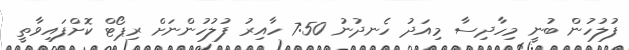
ފުލުހުން ބުނީ މިހާދިސާ މިއަދު ހެނދުނު 7:50 ހާއިރު ފުލުހުންނަށް ރިޕޯޓް ކޮށްފައިވާތީ